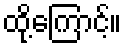
ထို့ကြောင့်။